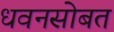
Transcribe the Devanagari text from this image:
धवनसोबत